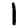
Digit: 1